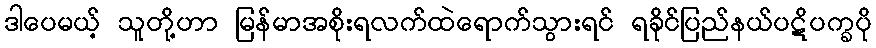
ဒါပေမယ့် သူတို့ဟာ မြန်မာအစိုးရလက်ထဲရောက်သွားရင် ရခိုင်ပြည်နယ်ပဋိပက္ခပို